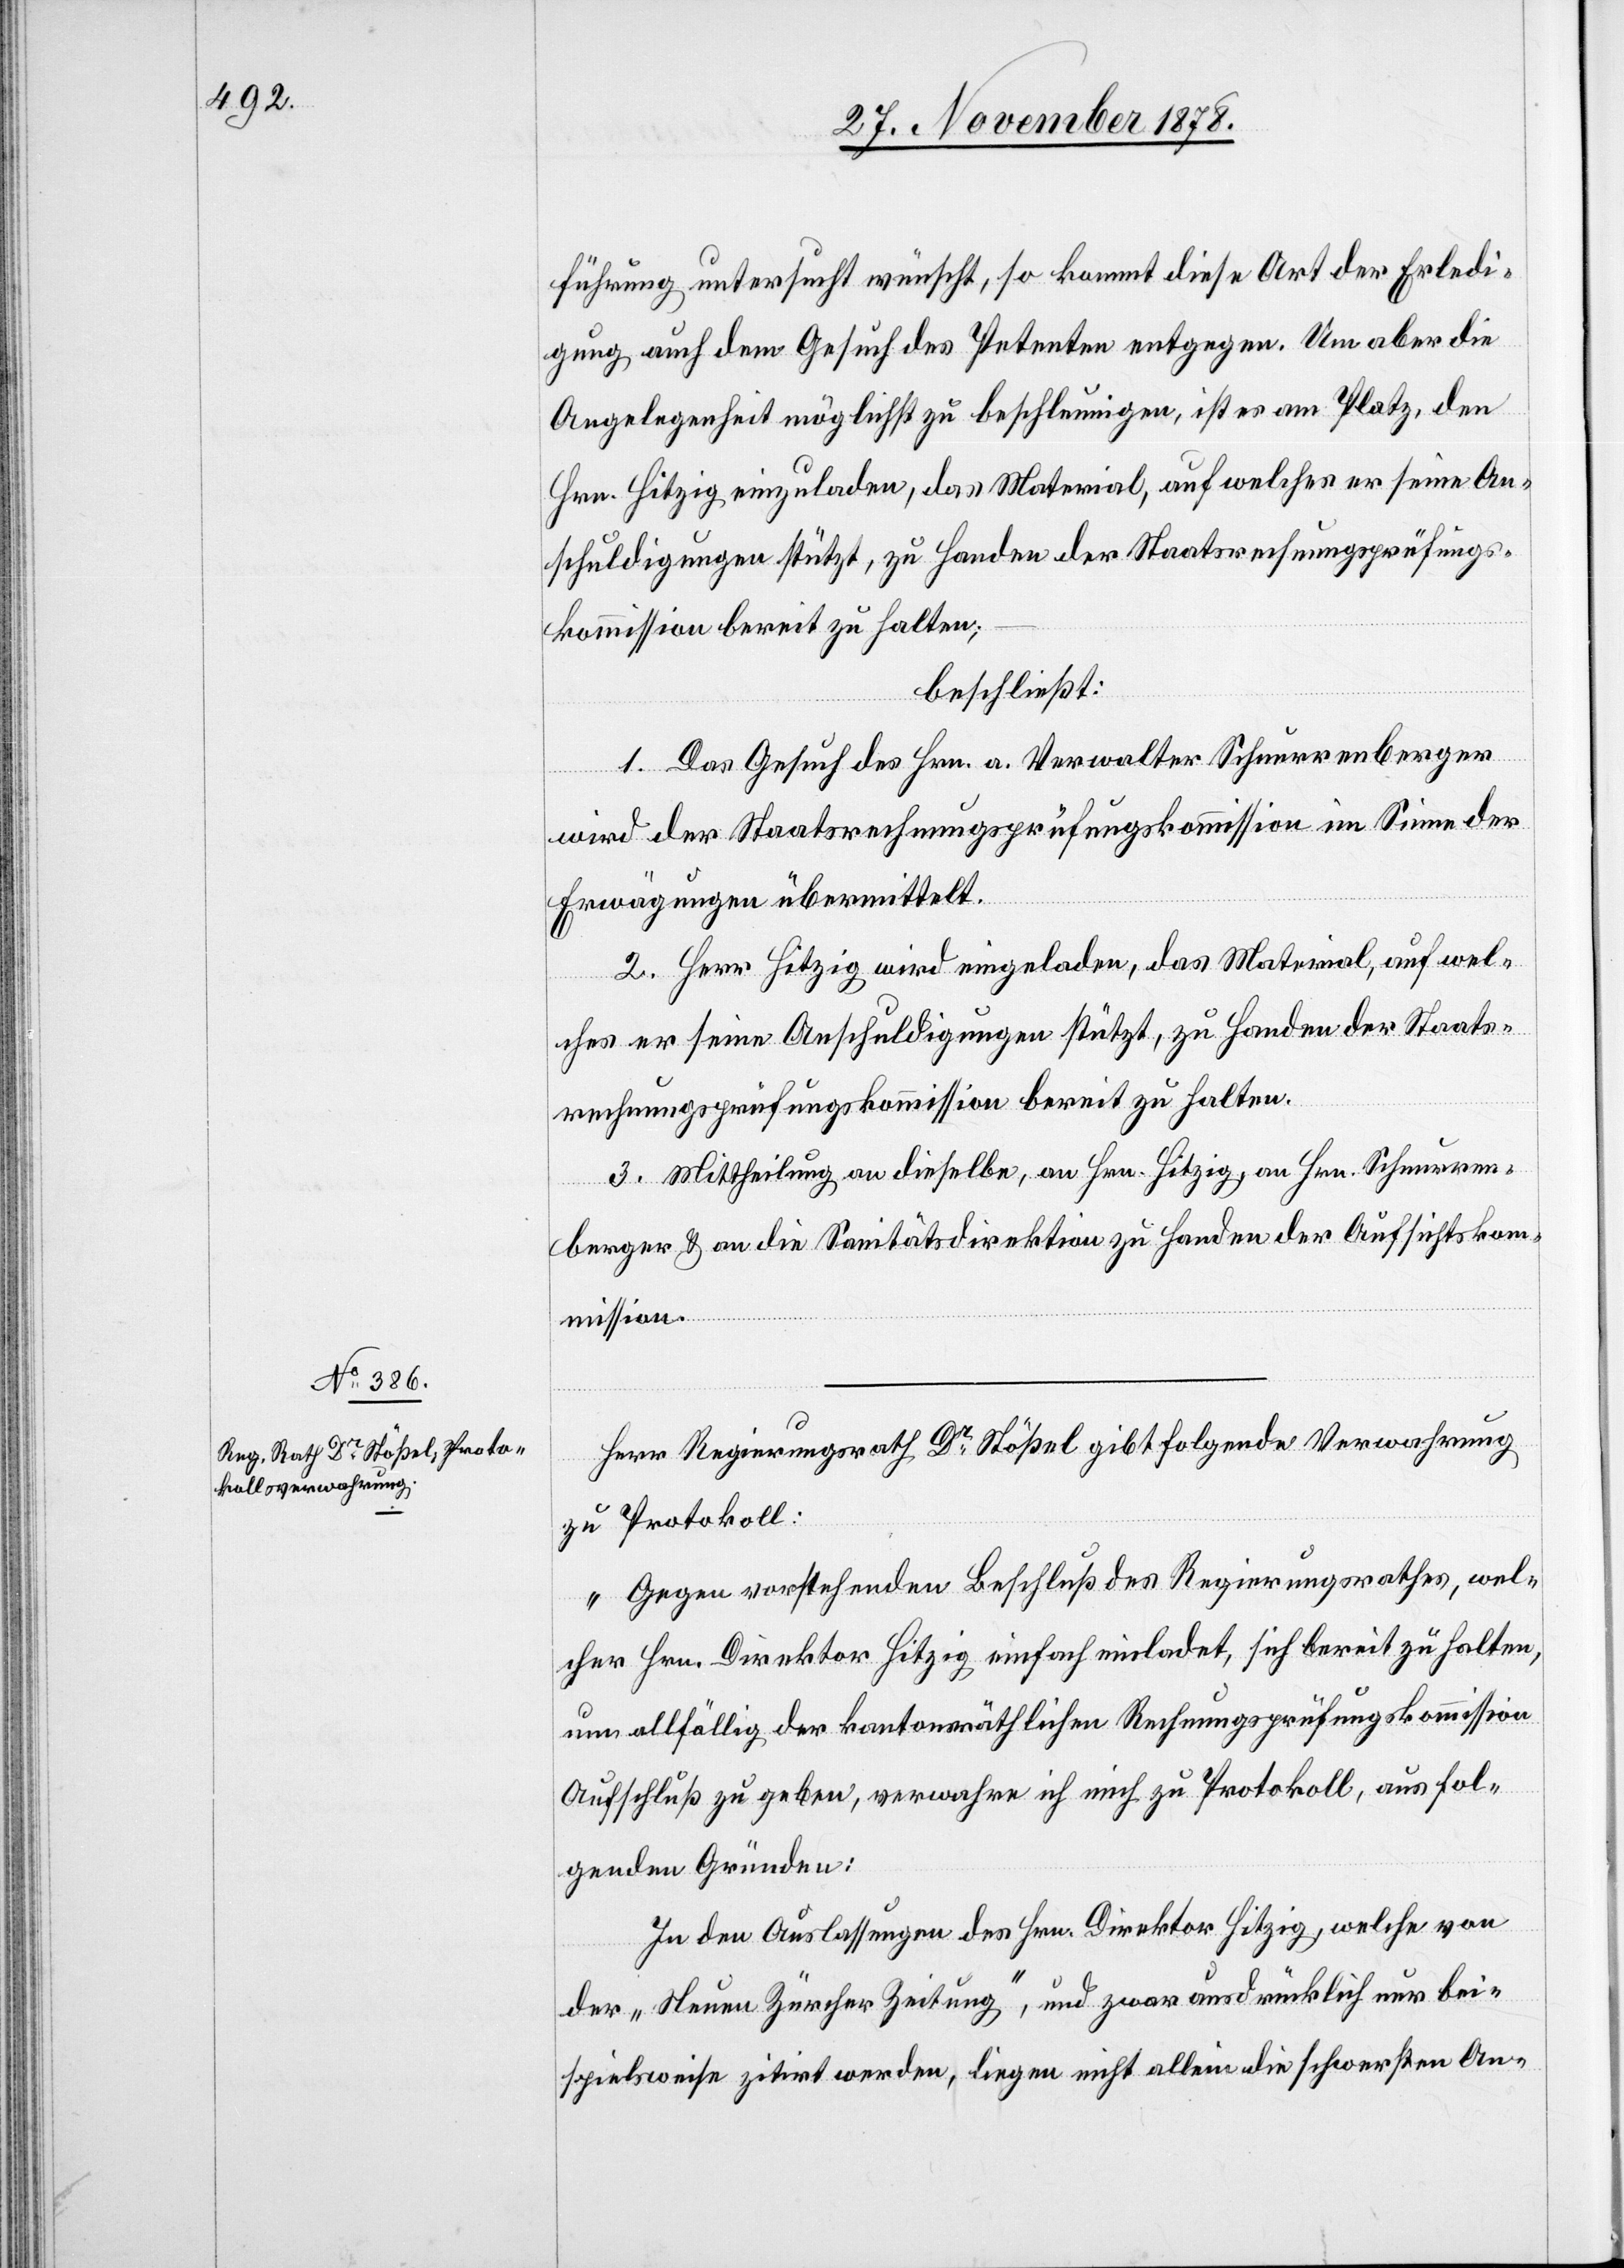
führung untersucht wünscht, so kommt diese Art der Erledi¬
gung auch dem Gesuch des Petenten entgegen. Um aber die
Angelegenheit möglichst zu beschleunigen, ist es am Platz, den
Hrn. Hitzig einzuladen, das Material, auf welches er seine An¬
schuldigungen stützt, zu Handen der Staatsrechnungsprüfungs¬
kommission bereit zu halten;
beschließt:
1. Das Gesuch des Hrn. a. Verwalter Schnurrenberger
wird der Staatsrechnungsprüfungskommission im Sinne der
Erwägungen übermittelt.
2. Herr Hitzig wird eingeladen, das Material, auf wel¬
ches er seine Anschuldigungen stützt, zu Handen der Staats¬
rechnungsprüfungskommission bereit zu halten.
3. Mittheilung an dieselbe, an Hrn. Hitzig, an Hrn. Schnurren¬
berger & an die Sanitätsdirektion zu Handen der Aufsichtsko¬
mmission.
Herr Regierungsrath Dr Stößel gibt folgende Verwahrung
zu Protokoll:
„Gegen vorstehenden Beschluß des Regierungsrathes, wel¬
cher Hrn. Direktor Hitzig einfach einladet, sich bereit zu halten,
um allfällig der kantonsräthlichen Rechnungsprüfungskommission
Aufschluß zu geben, verwahre ich mich zu Protokoll, aus fol¬
genden Gründen:
In den Auslassungen des Hrn. Direktor Hitzig, welche von
der „Neuen Zürcher Zeitung“, und zwar ausdrücklich nur bei¬
spielsweise zitirt werden, liegen nicht allein die schwersten An-